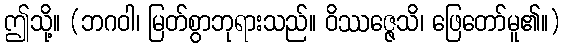
ဤသို့။ (ဘဂဝါ၊ မြတ်စွာဘုရားသည်။ ဝိဿဇ္ဇေသိ၊ ဖြေတော်မူ၏။)